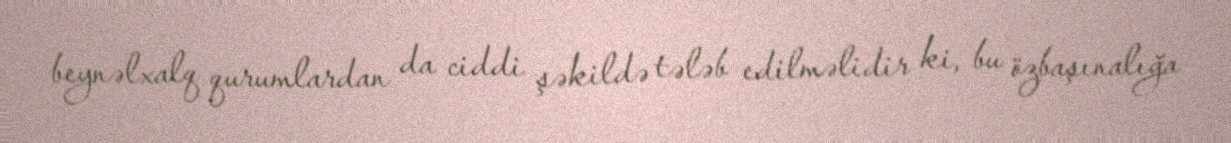
beynəlxalq qurumlardan da ciddi şəkildə tələb edilməlidir ki, bu özbaşınalığa